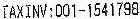
TAXINV:001-1541798